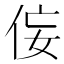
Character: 侫